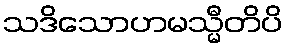
သဒိသောဟမသ္မီတိပိ